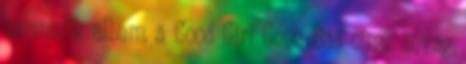
harmadik album, a Good Girl Gone Bad című anyag